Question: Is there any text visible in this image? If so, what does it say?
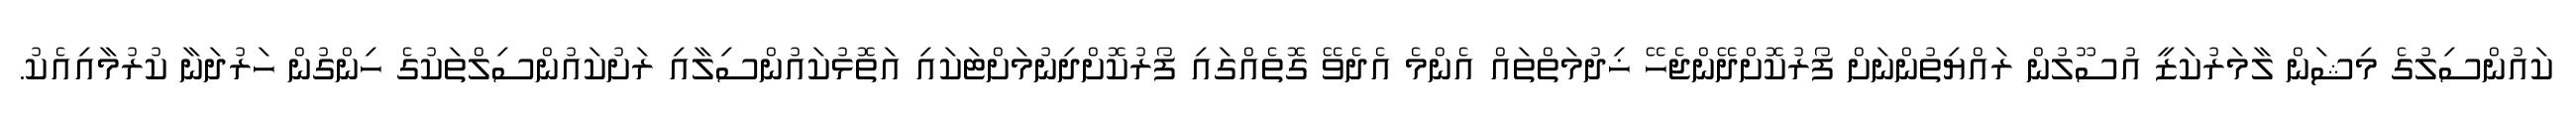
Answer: ކައުންސިލުގެ މިޝަން ލާމަރުކަޒީ އުސޫލުން ރައްޔިތުންނަށް ފޯރުކޮށްދޭންޖެހޭ ޚިދުމަތްތައް އެންމެ އެދެވޭ ގޮތެއްގައި ފޯރުކޮށްދިނުމަށްޓަކައި އަތޮޅުކައުންސިލާއި ރަށުކައުންސިލްތަކުގެ ހިންގުން ހަރުދަނާ ކުރުމާއިއެކު.